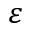
\varepsilon